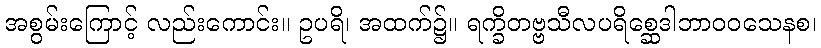
အစွမ်းကြောင့် လည်းကောင်း။ ဥပရိ၊ အထက်၌။ ရက္ခိတဗ္ဗသီလပရိစ္ဆေဒါဘာဝဝသေနစ၊